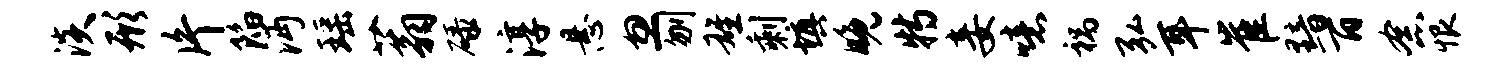
淡形片陷沔瑶蓊碌淳悬忽刎雄剩填晚特妾噫祸弘耳崔黯百念恨